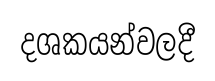
දශකයන්වලදී